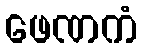
ဖေဏကံ